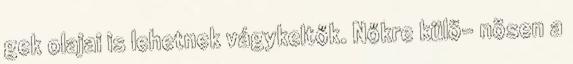
gek olajai is lehetnek vágykeltők. Nőkre külö- nösen a